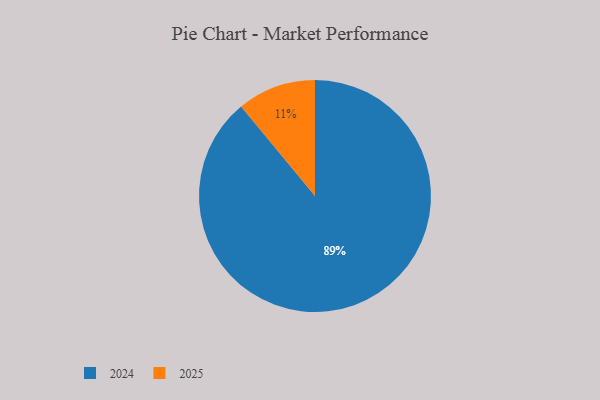
{"axis": {"x": "Category", "y": "Percentage"}, "legend": ["2024", "2025"], "data": [{"x": "2025", "y": 11, "type": "2025"}, {"x": "2024", "y": 89, "type": "2024"}]}